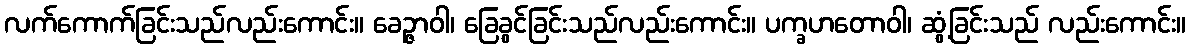
လက်ကောက်ခြင်းသည်လည်းကောင်း။ ခေဉ္ဇာဝါ၊ ခြေခွင်ခြင်းသည်လည်းကောင်း။ ပက္ခဟတောဝါ၊ ဆွံ့ခြင်းသည် လည်းကောင်း။